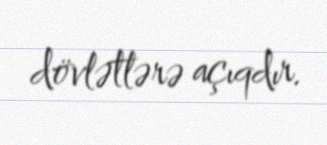
dövlətlərə açıqdır.